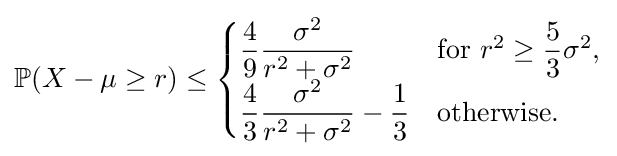
\mathbb {P} (X-\mu \geq r)\leq {\begin{cases}{\dfrac {4}{9}}{\dfrac {\sigma ^{2}}{r^{2}+\sigma ^{2}}}&{\mbox{for }}r^{2}\geq {\dfrac {5}{3}}\sigma ^{2},\\{\dfrac {4}{3}}{\dfrac {\sigma ^{2}}{r^{2}+\sigma ^{2}}}-{\dfrac {1}{3}}&{\mbox{otherwise.}}\end{cases}}